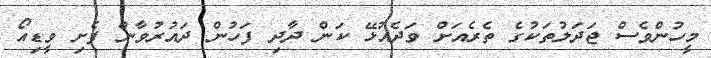
މީހުންވެސް ޖަދަލުތަކުގެ ތެރެއަށް ވަދެއުޅޭ ކަން ދާދި ފަހުން ދައުރުވާން ފެށި ވީޑިއޯ